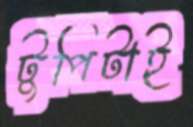
টুপিটাই